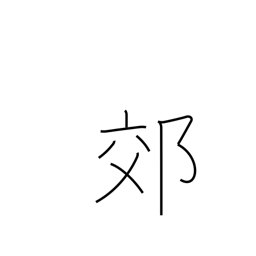
Meaning: outskirts